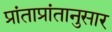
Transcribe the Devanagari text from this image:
प्रांताप्रांतानुसार